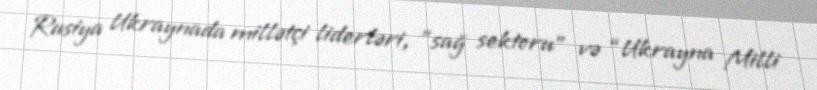
Rusiya Ukraynada millətçi liderləri, "sağ sektoru" və “Ukrayna Milli